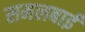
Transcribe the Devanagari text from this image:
समलबाई